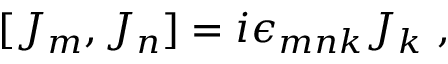
[ J _ { m } , J _ { n } ] = i \epsilon _ { m n k } J _ { k } ~ ,